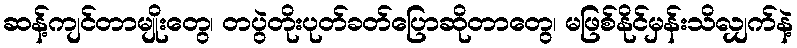
ဆန့်ကျင်တာမျိုးတွေ၊ တပွဲတိုးပုတ်ခတ်ပြောဆိုတာတွေ၊ မဖြစ်နိုင်မှန်းသိလျှက်နဲ့